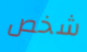
شخص